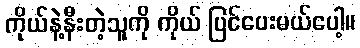
ကိုယ်နဲ့နီးတဲ့သူကို ကိုယ် ပြင်ပေးမယ်ပေါ့။